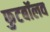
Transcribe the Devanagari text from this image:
फुटबॉलव